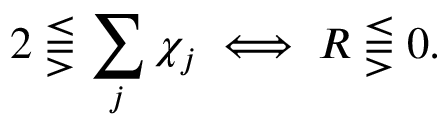
2 \lesseqqgtr \sum _ { j } \chi _ { j } \iff R \lesseqqgtr 0 .